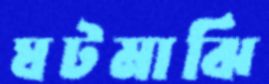
ঘটমাঝি